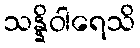
သန္နိဝါရေသိ